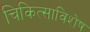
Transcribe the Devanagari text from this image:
चिकित्साविशेष